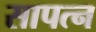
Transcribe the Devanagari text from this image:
सापत्‍न